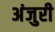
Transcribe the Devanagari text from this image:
अंजुरी